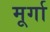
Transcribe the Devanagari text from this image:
मूर्गा